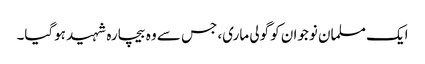
ایک مسلمان نوجوان کو گولی ماری، جس سے وہ بیچارہ شہید ہوگیا۔